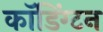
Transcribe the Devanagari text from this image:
कॉडिंग्टन